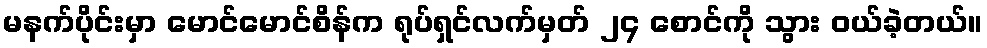
မနက်ပိုင်းမှာ မောင်မောင်စိန်က ရုပ်ရှင်လက်မှတ် ၂၄ စောင်ကို သွား ဝယ်ခဲ့တယ်။